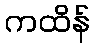
ကထိန်